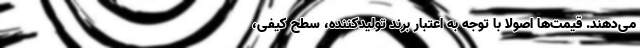
می‌دهند. قیمت‌ها اصولا با توجه به اعتبار برند تولیدکننده، سطح کیفی،